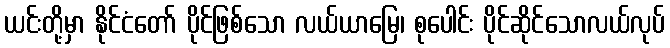
ယင်းတို့မှာ နိုင်ငံတော် ပိုင်ဖြစ်သော လယ်ယာမြေ၊ စုပေါင်း ပိုင်ဆိုင်သောလယ်လုပ်